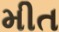
મીત